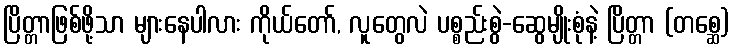
ပြိတ္တာဖြစ်ဖို့သာ များနေပါလား ကိုယ်တော်, လူတွေလဲ ပစ္စည်းစွဲ-ဆွေမျိုးစုံနဲ့ ပြိတ္တာ (တစ္ဆေ)